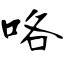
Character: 咯